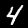
Label: 4